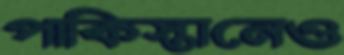
পাকিস্তানেও